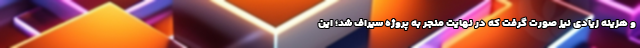
و هزینه زیادی نیز صورت گرفت که در نهایت منجر به پروژه سیراف شد؛ این